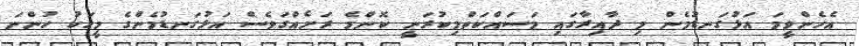
އެހެންވީމަ އަޅުގަނޑުމެން މި ދާއިރާގައި މަސައްކަތްމިކުރަނީ ކޮންމެ ރަށެއްގަވެސް އަޅުގަނޑުމެންގެ މީހަކު ހުންނަ